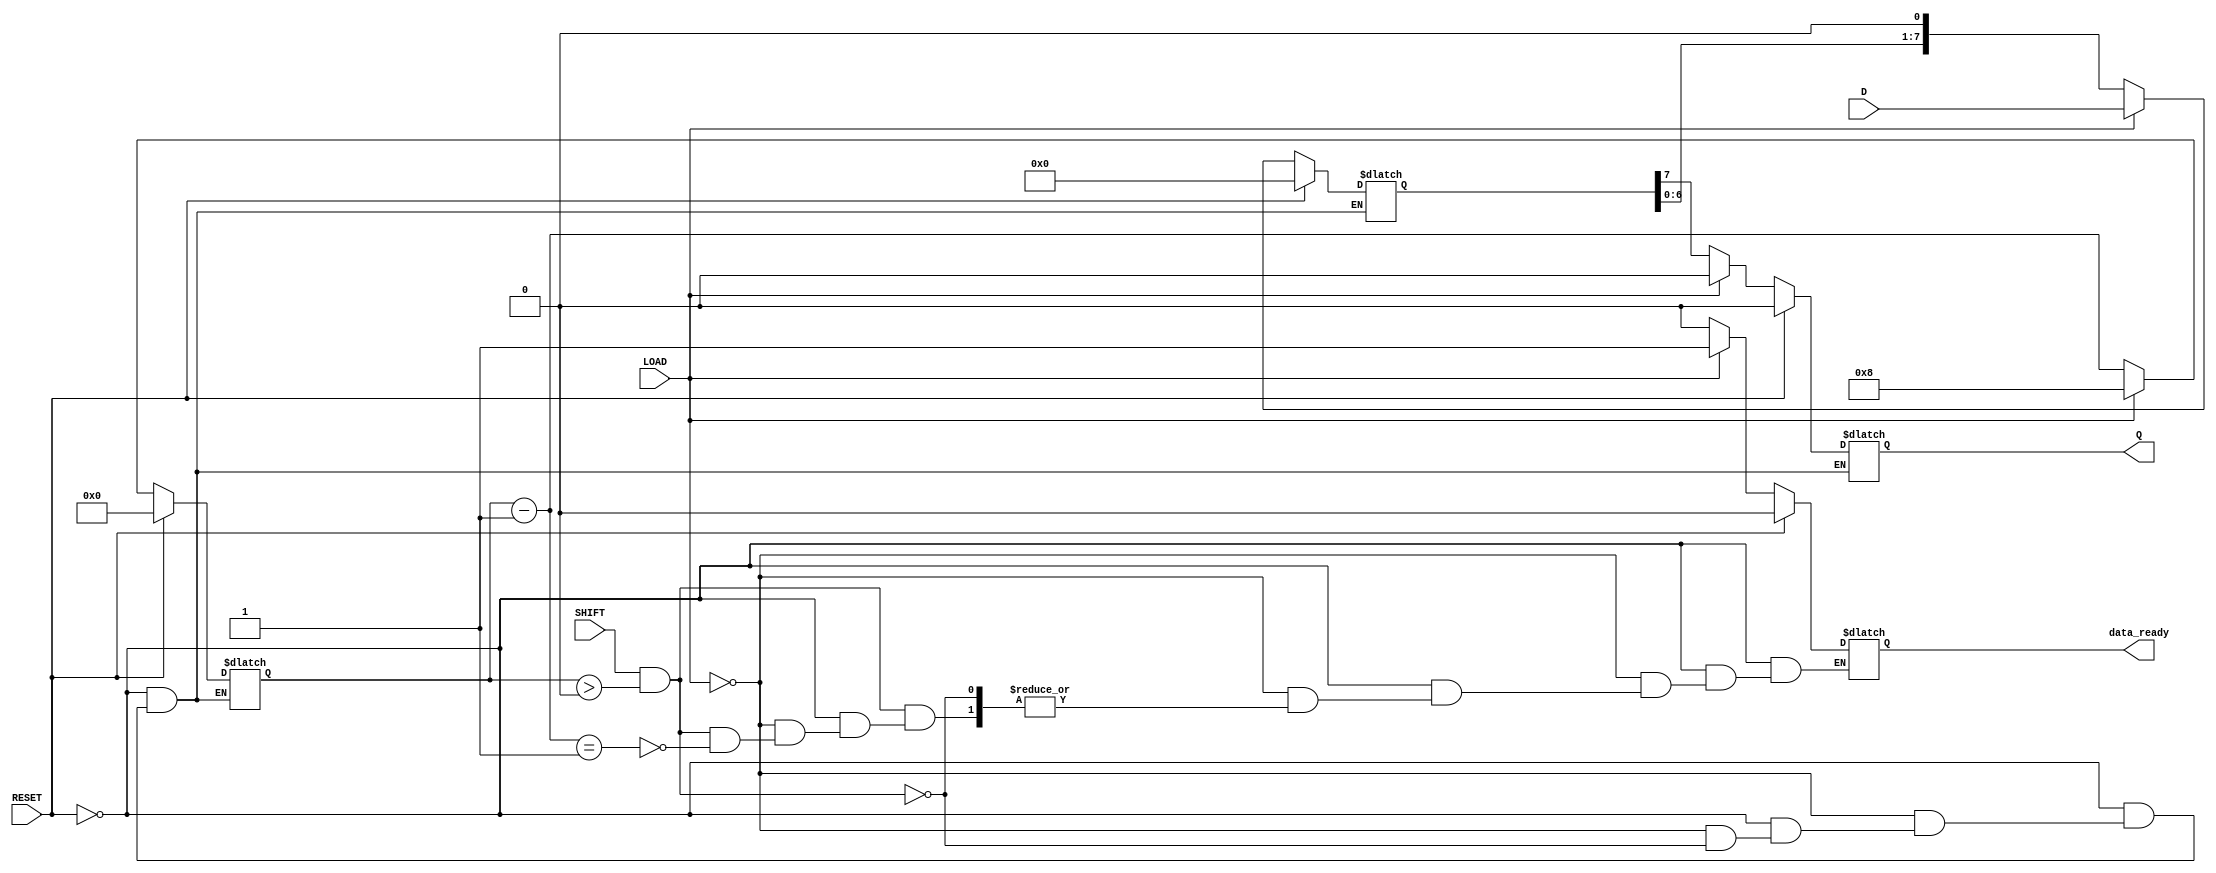
module PISO_Register #(
    parameter N = 8  // Width of the register (number of bits)
)(
    input wire [N-1:0] D,      // Parallel data inputs
    input wire LOAD,            // Load signal
    input wire SHIFT,           // Shift signal
    input wire RESET,           // Asynchronous reset
    output reg Q,               // Serial output
    output reg data_ready       // Data ready indicator (optional)
);

    reg [N-1:0] shift_reg;      // Internal shift register
    reg [3:0] bit_count;         // Counter for bits shifted out

    always @(*) begin
        if (RESET) begin
            shift_reg = 0;       // Reset the shift register
            Q = 0;               // Reset the serial output
            data_ready = 0;      // Reset data ready indicator
            bit_count = 0;       // Reset bit counter
        end else if (LOAD) begin
            shift_reg = D;       // Load parallel data into the shift register
            Q = 0;               // Reset serial output
            data_ready = 1;      // Indicate data is ready
            bit_count = N;       // Set bit count to N
        end else if (SHIFT && bit_count > 0) begin
            Q = shift_reg[N-1];  // Output the MSB (or LSB based on design)
            shift_reg = {shift_reg[N-2:0], 1'b0}; // Shift left
            bit_count = bit_count - 1; // Decrement bit count
            if (bit_count == 1) begin
                data_ready = 0;  // Clear data ready when last bit is shifted out
            end
        end
    end

endmodule